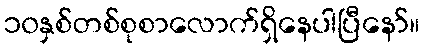
၁၀နှစ်တစ်စုစာလောက်ရှိနေပါပြီနော်။